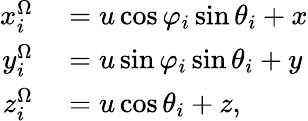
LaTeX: \begin{array}{rl}{x_{i}^{\Omega}}&{{}=u\cos{\varphi_{i}}\sin{\theta_{i}}+x}\\ {y_{i}^{\Omega}}&{{}=u\sin{\varphi_{i}}\sin{\theta_{i}}+y}\\ {z_{i}^{\Omega}}&{{}=u\cos{\theta_{i}}+z,}\end{array}